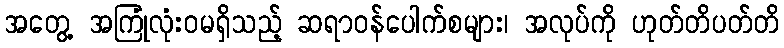
အတွေ့ အကြုံလုံးဝမရှိသည့် ဆရာဝန်ပေါက်စများ၊ အလုပ်ကို ဟုတ်တိပတ်တိ